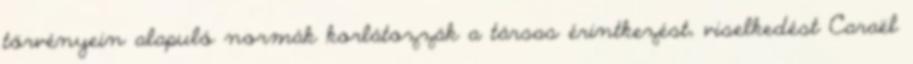
törvényein alapuló normák korlátozzák a társas érintkezést, viselkedést Caraël